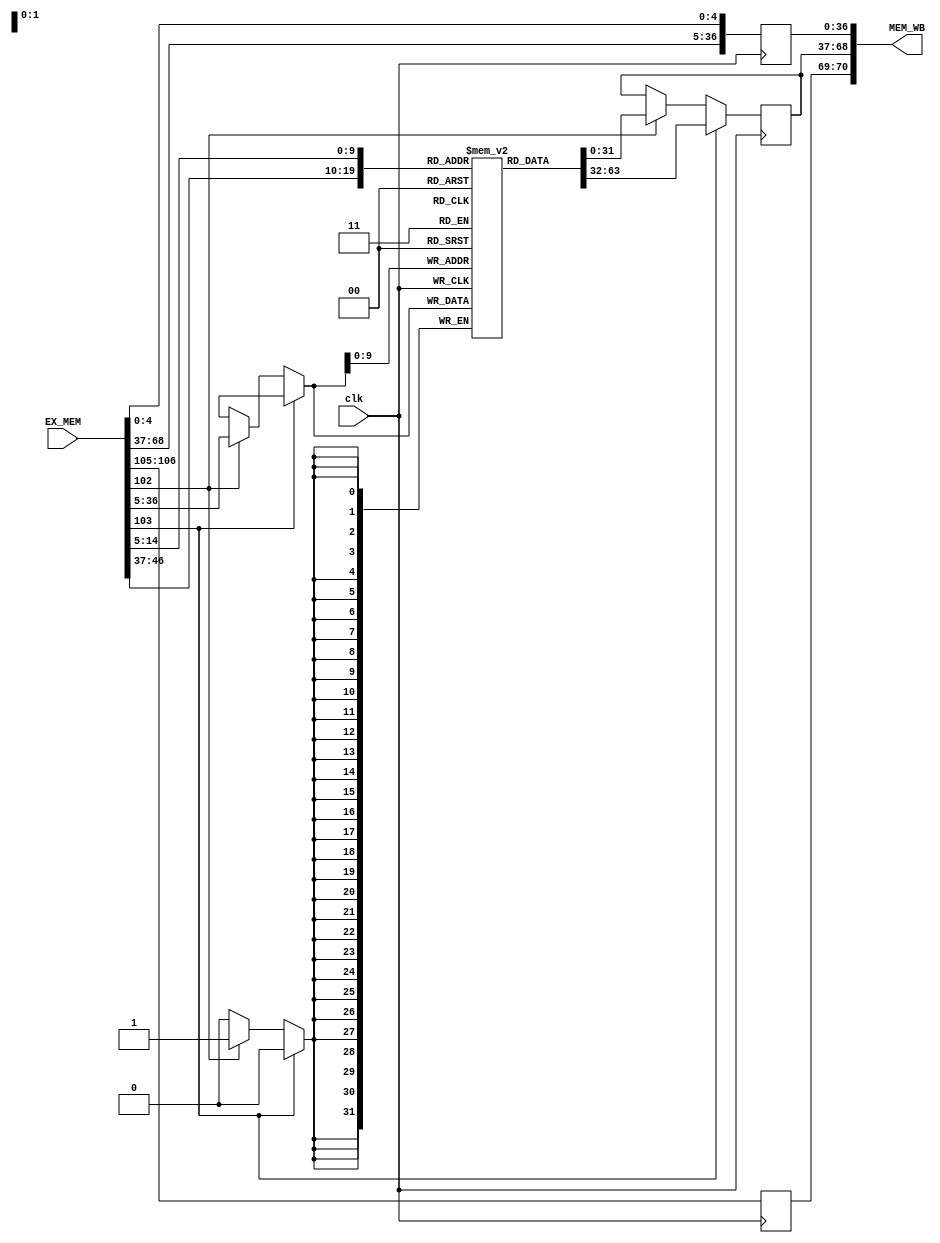
module Obsidian_Memory_Stage(MEM_WB, EX_MEM, clk);
	output reg [70:0] MEM_WB;	//MEM_WB[70] RegtoWrite
							//MEM_WB[69] MemtoReg
							//MEM_WB[68:37] Word/Instruction selected from Memory
							//MEM_WB[36:5] ALU result
							//MEM_WB[4:0] latch for address destination R[d] from original instruction
	input [106:0] EX_MEM;	//EX_MEM[106] RegWrite
	                        //EX_MEM[105] MemtoReg
	                        //EX_MEM[104] Branch
	                        //EX_MEM[103] MemRead
	                        //EX_MEM[102] MemWrite
	                        //EX_MEM[101:70] Branch prediction (?)
	                        //EX_MEM[69] Zero detection
	                        //EX_MEM[68:37] Result from ALU
	                        //EX_MEM[36:5] passing data from addres R[m]
	                        //EX_MEM[4:0] destination address from instruction R[d]
	
	input clk;				//clock enabling the latching and releasing of data from stage to stage
	
		
	always @ (posedge clk)
	begin
		MEM_WB[70:69] <= EX_MEM[106:105];	//Passing line that enables write to GPR and selects which
											//data to pass through from either memory or ALU result in 
											//write back stage
		MEM_WB[36:5] <= EX_MEM[68:37];		//ALU result
		MEM_WB[4:0] <= EX_MEM[4:0];			//destination address R[d] from instruction
	end
		
	reg [31:0] data_memory [0:1023];		//temporary place for memory structure to be implemented
	
	initial
	begin
		data_memory[0] = 32'hffff_ffff;
		data_memory[1] = 32'h0000_0000;
		data_memory[2] = 32'habcd_dcba;
		data_memory[3] = 32'h8765_4321;
		data_memory[29] = 32'h1111_1111;
		data_memory[30] = 32'h4321_8765;
		data_memory[31] = 32'hfedc_1234;
		data_memory[34] = 32'h8888_8888;
		data_memory[1023] = 32'hffff_ffff;
	end
	
	
	
	always @ (posedge clk)
	begin
		if(EX_MEM[103] == 1)		//reading word from memory
		begin
			MEM_WB[68:37] <= data_memory[EX_MEM[68:37]];
		end
		else if(EX_MEM[102] == 1)	//storing word to memory
		begin
			data_memory[EX_MEM[36:5]] <= EX_MEM[36:5];
			MEM_WB[68:37] <= data_memory[EX_MEM[36:5]];
		end
	end

		
	//Will need to edit this cache a bit to accomodate the input output
	// //of current module
	
	// reg [31:0] data_out;
	// wire [31:0] data_in;
	// wire read_write;
	// wire clk;

	// //Inside the module | internal ports
	// reg d_valid[0:999];         //1-bit valid 
	// reg [999:0] d_tags [0:15];  //16-bit tag 
	// reg [999:0] d_offset [0:4]; //5-bit offset
	// reg [999:0] d_data [0:31];  //32-bit data 

	// wire [31:0] c_din;                  //data to cache
	// wire [15:0] tag = data_in[31:16];   //address tag -- cpu address not correct psuedo numbers
	// wire [4:0] offset = data_in[15:10]; //bit offset
	// wire [8:0] index = data_in[9:1];    //block index -- cpu address not correct psuedo numbers

	// reg  [31:0] data_mem [0:999];

	// always @ (posedge clk & enable) begin
		// if(EX_MEM[103] == 0/* read_write == 0 */) begin  //read bit = 0 
		// data_out <= data_mem[index];
		// end
	// end
		// always @ (negedge clk & enable) begin
		// if(EX_MEM[103] == 1/* read_write == 1 */) begin  //write bit = 1
		// data_mem[index] <= data_in;
		// end
	// end
endmodule